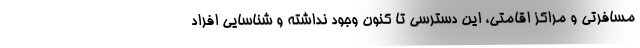
مسافرتی و مراکز اقامتی، این دسترسی تا کنون وجود نداشته و شناسایی افراد